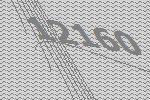
12160